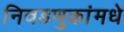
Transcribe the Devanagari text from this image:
निवडणुकांमधे